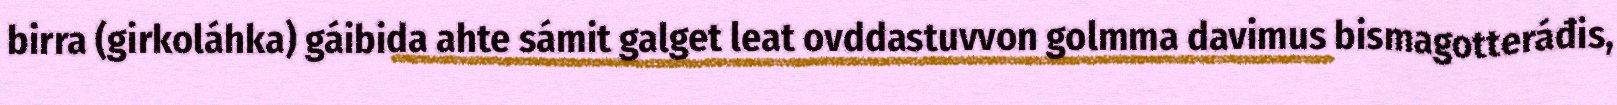
birra (girkoláhka) gáibida ahte sámit galget leat ovddastuvvon golmma davimus bismagotteráđis,